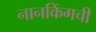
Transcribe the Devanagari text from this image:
नानकिंगची